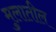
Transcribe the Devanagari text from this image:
मुलातील